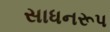
સાધનરૂપ